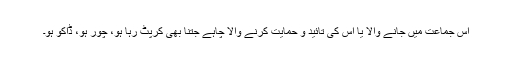
اس جماعت میں جانے والا یا اس کی تائید و حمایت کرنے والا چاہے جتنا بھی کرپٹ رہا ہو، چور ہو، ڈاکو ہو۔